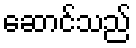
ဆောင်သည်